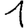
Digit: 1